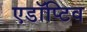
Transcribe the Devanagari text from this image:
एडॉप्टिव